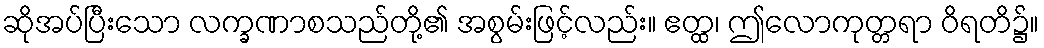
ဆိုအပ်ပြီးသော လက္ခဏာစသည်တို့၏ အစွမ်းဖြင့်လည်း။ ဧတ္ထ၊ ဤလောကုတ္တရာ ဝိရတိ၌။